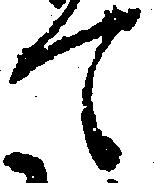
て